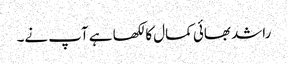
راشد بھائی کمال کا لکھا ہے آپ نے۔